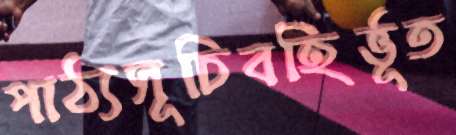
পাঠ্যসূচিবহির্ভূত